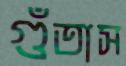
গুঁতাস